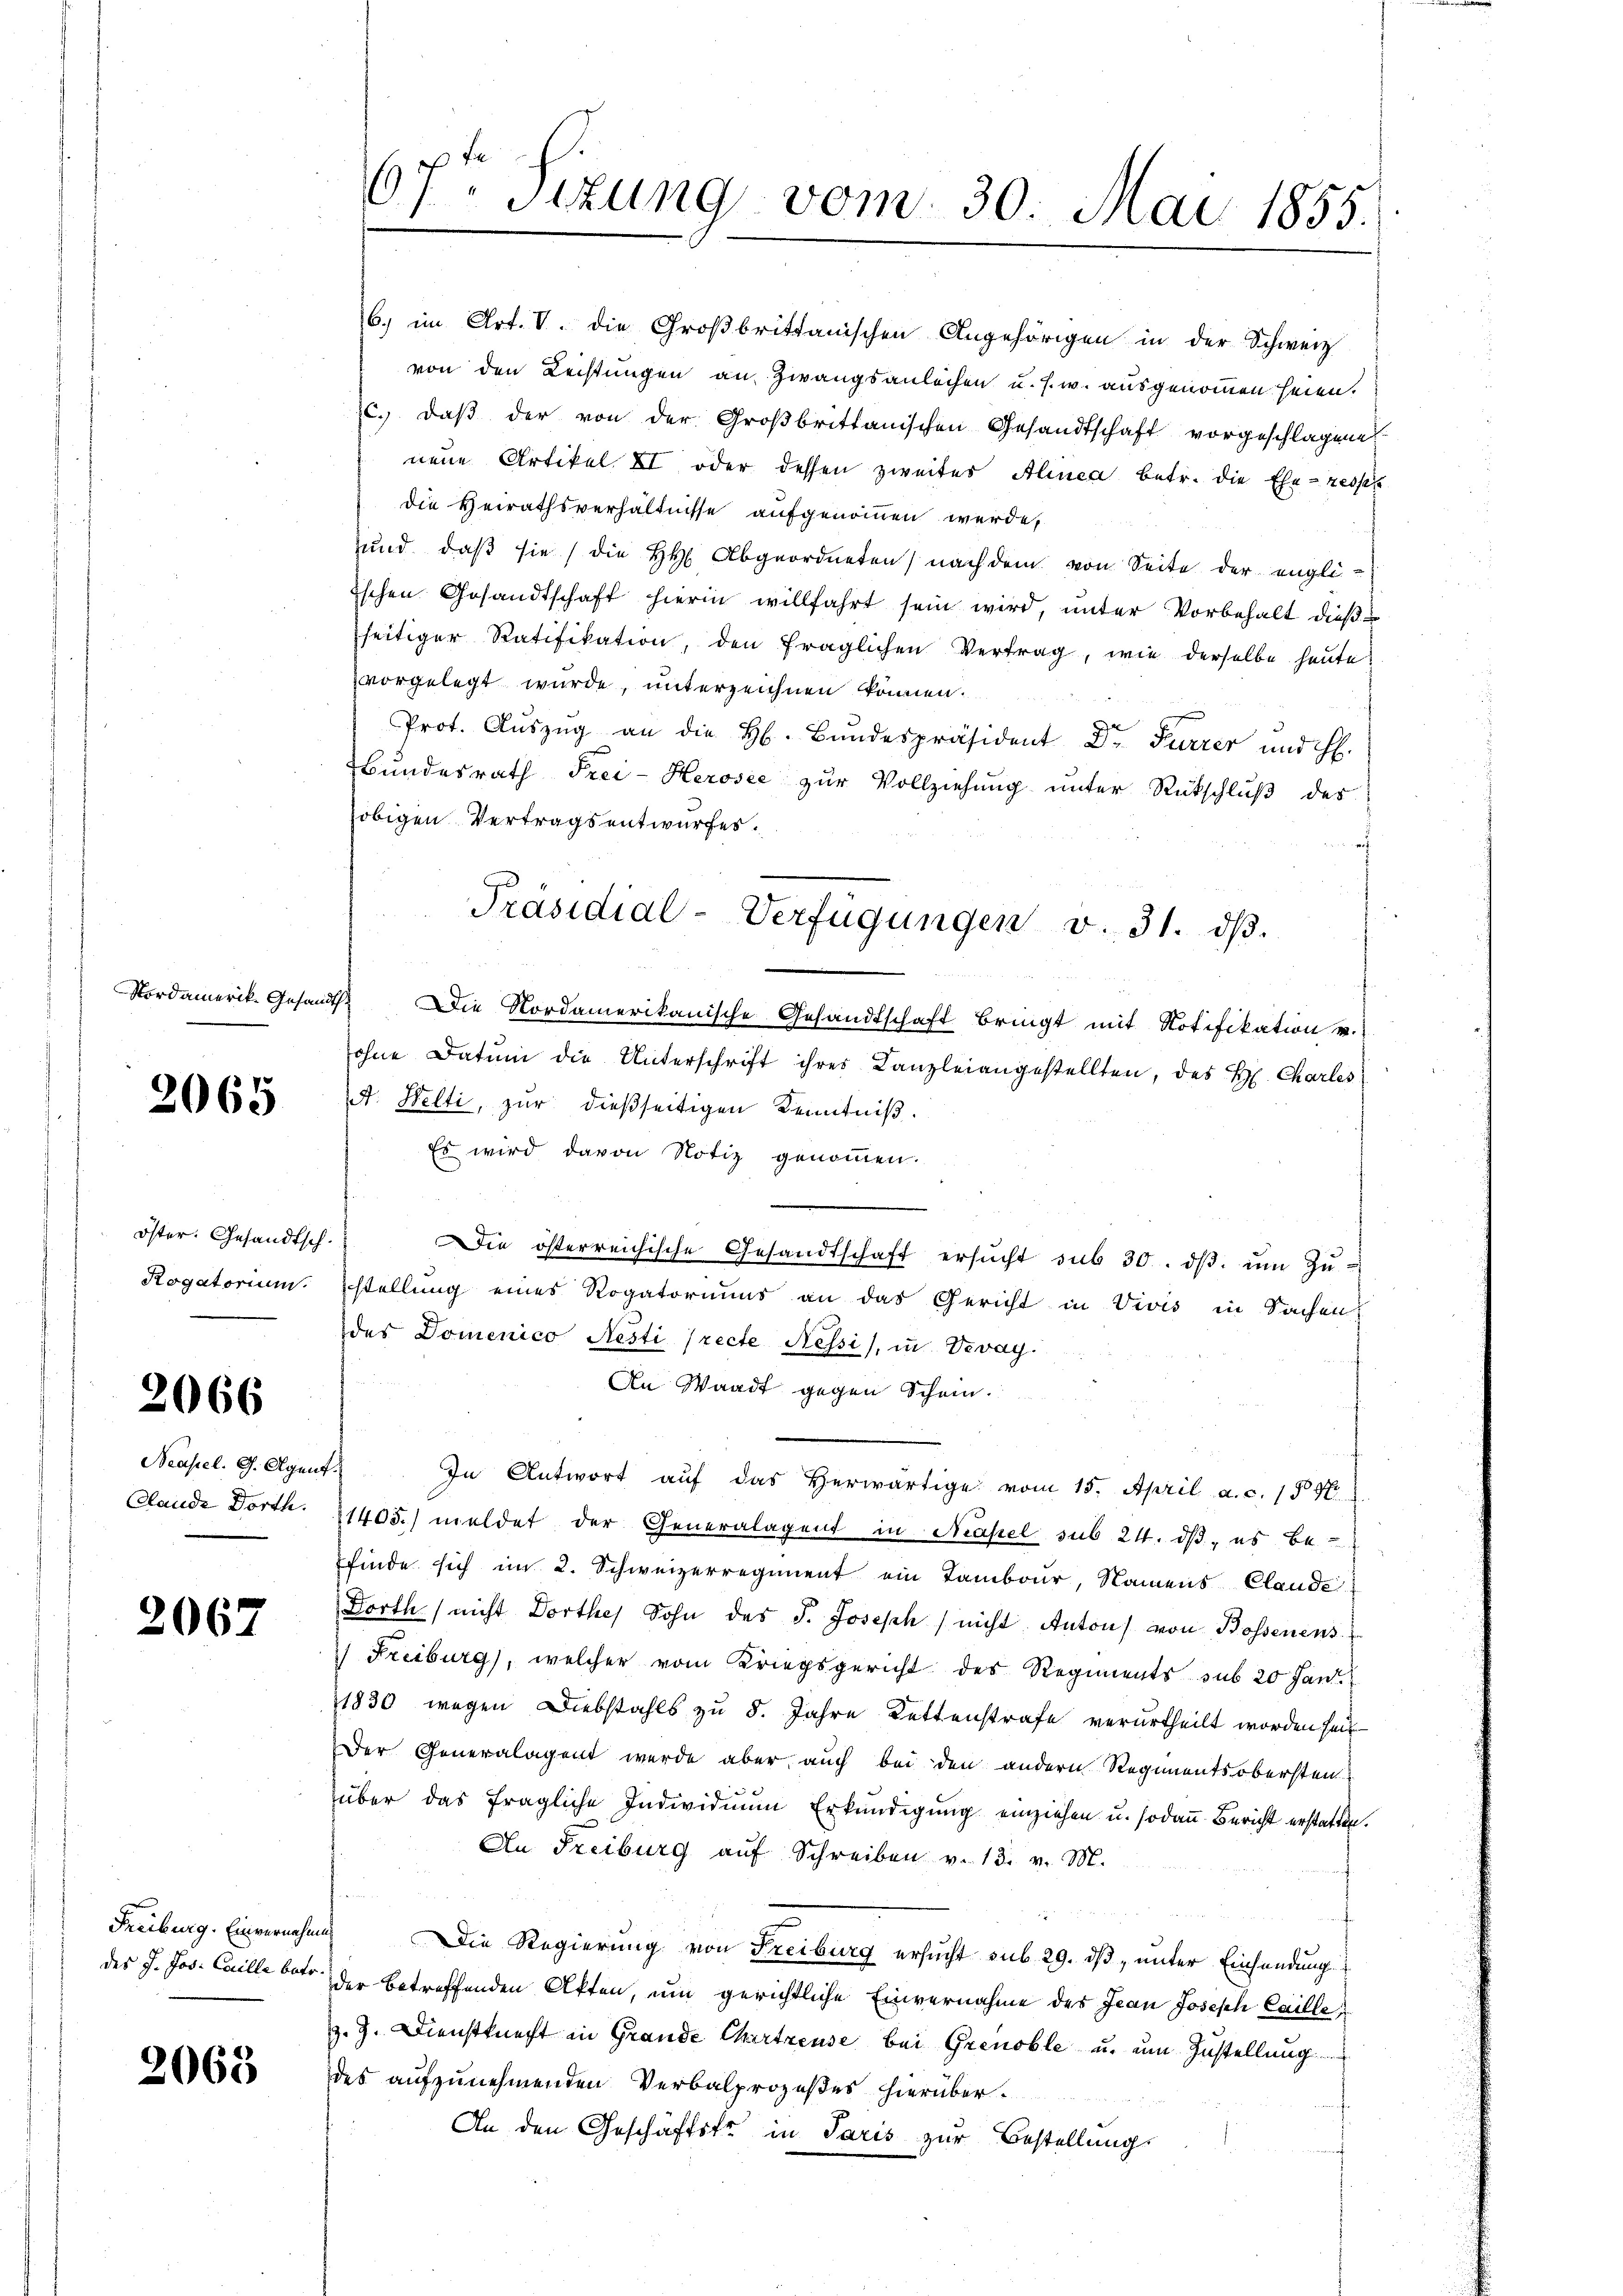
Nordamerik. Gesand¬

2065

öster. Gesandtsch.
Rogatorium.

2066

Beasel. G. Agent
Clande Dorth.

2067

Freiburg. Einvernehme
des J. Jos. Caille betr.

2068

6. im Art. V. die Großbrittanischen Angehörigen in der Schweiz
von den Rechtungen an Zwangsanleihen u. s. w. ausgenommen seien.
c.) daß der von der Großbrittanischen Gesandtschaft vorgeschlagene
neue Artikel II oder dessen zweites Alinea betr. die Ehe- resper
die Heirathsverhältnisse aufgenommen werde,
und, daß sie die HH Abgeordneten nach dem von Seite der engli-
ischen Gesandtschaft hierin willfahrt sein wird, unter Vorbehalt dießseitiger Ratifikation, den fraglichen Vertrag, wie derselbe heute
vorgelegt wurde, unterzeichnen können.
Prot. Aŭszŭg an die H. Bundespräsident Dr. Furrer und H.
Bundesrath Frei-Herosee zur Vollziehung unter Rutschluß der
obigen Vertragsentwurfes.
f
f
Die Nordamerikanische Gesandtschaft bringt mit Notifikation v.
ohne Datum die Unterschrift ihres Kanzleiangestellten, des H. Charles
et. Welti, zur dießseitigen Kenntniß.
Es wird davon Notiz genommen.
Die österreichische Gesandtschaft ersŭcht sub 30. dβ. ŭm Zŭ-
stellung eines Rogatoriums an das Gericht in Vivis in Sachen,
des Domenico Nesti (recte Nessi, in Vevay.
An Waadt gegen Schein.
In Antwort auf das herwärtige vom 15. April a. c. 15 N
1405.) meldet der Generalagent in Masel sub 24. ds, es befinde sich im 2. Schweizerregiment ein Tambour, Namens Claude
Dorth nicht Dorthes Sohn des J. Joseph / nicht Anton von Bossenens
) Freiburg), welcher vom Kriegsgericht des Regiments sub 20 Jant.
21830 wegen Diebstahls zu 8. Jahre Kettenstrafe verurtheilt worden seit
Der Generalagent werde aber auch bei den andern Regimentsobersten
über das fragliche Individuum Erkundigung einziehen u. sodann Bericht erstatten.
An Freiburg aŭf Schreiben v. 13. v. M.
 Die Regierung von Freiburg ersŭcht sub 29. dβ, unter Einsendung
der betreffenden Akten, um gerichtliche Einvernahme des Jean Joseph Caille,
z. J. Dienstknecht in Grande Chartreuse bei Grenoble u. um Zustellung
des aufzunehmenden Verbalprozeßes hierüber¬
An den Geschäftste in Paris zur Bestellungs

67ten Sizung vom 30. Mai 1855.

Präsidial-Verfügungen v. 31. dβ.